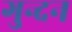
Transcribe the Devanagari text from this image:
गुन्दन